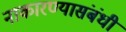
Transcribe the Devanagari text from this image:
नाकारण्यासंबंधी